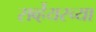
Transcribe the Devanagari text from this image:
सर्व्हेयरच्या